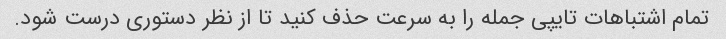
تمام اشتباهات تایپی جمله را به سرعت حذف کنید تا از نظر دستوری درست شود.